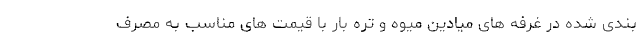
بندی شده در غرفه های میادین میوه و تره بار با قیمت های مناسب به مصرف